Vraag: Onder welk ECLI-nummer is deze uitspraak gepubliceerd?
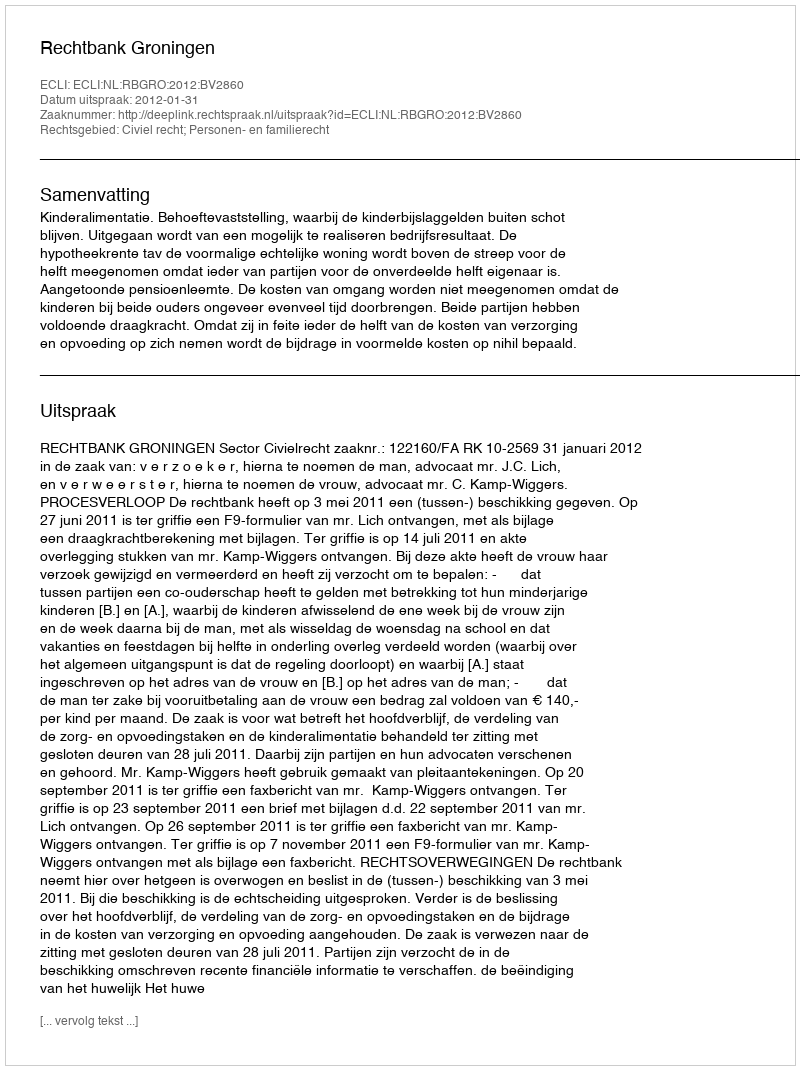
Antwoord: ECLI:NL:RBGRO:2012:BV2860